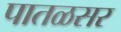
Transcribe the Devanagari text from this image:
पातळसर